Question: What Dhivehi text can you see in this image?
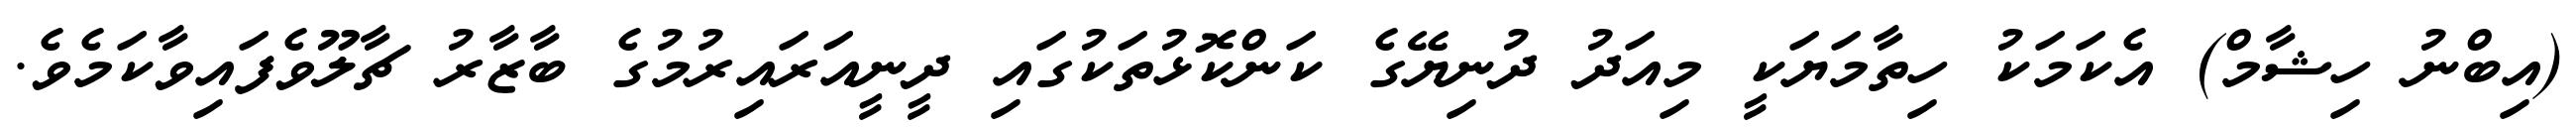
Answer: (އިބްނު ހިޝާމް) އެކަމަކު ހިތާމަޔަކީ މިއަދު ދުނިޔޭގެ ކަންކޮޅުތަކުގައި ދީނީއަރައިރުމުގެ ބާޒާރު ޗާލޫވެފައިވާކަމެވެ.